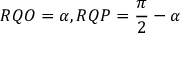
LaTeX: R Q O = \alpha , R Q P = { \frac { \pi } { 2 } } - \alpha